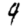
Digit: 9